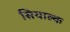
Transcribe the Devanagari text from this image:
सियाल्क